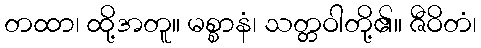
တထာ၊ ထို့အတူ။ မစ္စာနံ၊ သတ္တဝါတို့၏။ ဇီဝိတံ၊